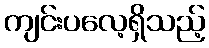
ကျင်းပလေ့ရှိသည့်